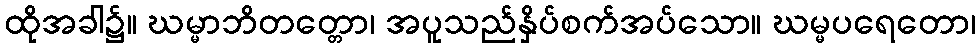
ထိုအခါ၌။ ဃမ္မာဘိတတ္တော၊ အပူသည်နှိပ်စက်အပ်သော။ ဃမ္မပရေတော၊